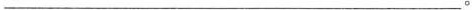
___。